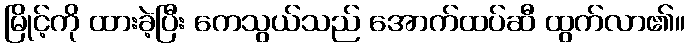
မြိုင့်ကို ထားခဲ့ပြီး ကေသွယ်သည် အောက်ထပ်ဆီ ထွက်လာ၏။